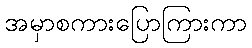
အမှာစကားပြောကြားကာ